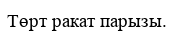
Төрт ракат парызы.